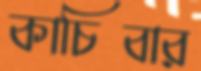
কাচিবার